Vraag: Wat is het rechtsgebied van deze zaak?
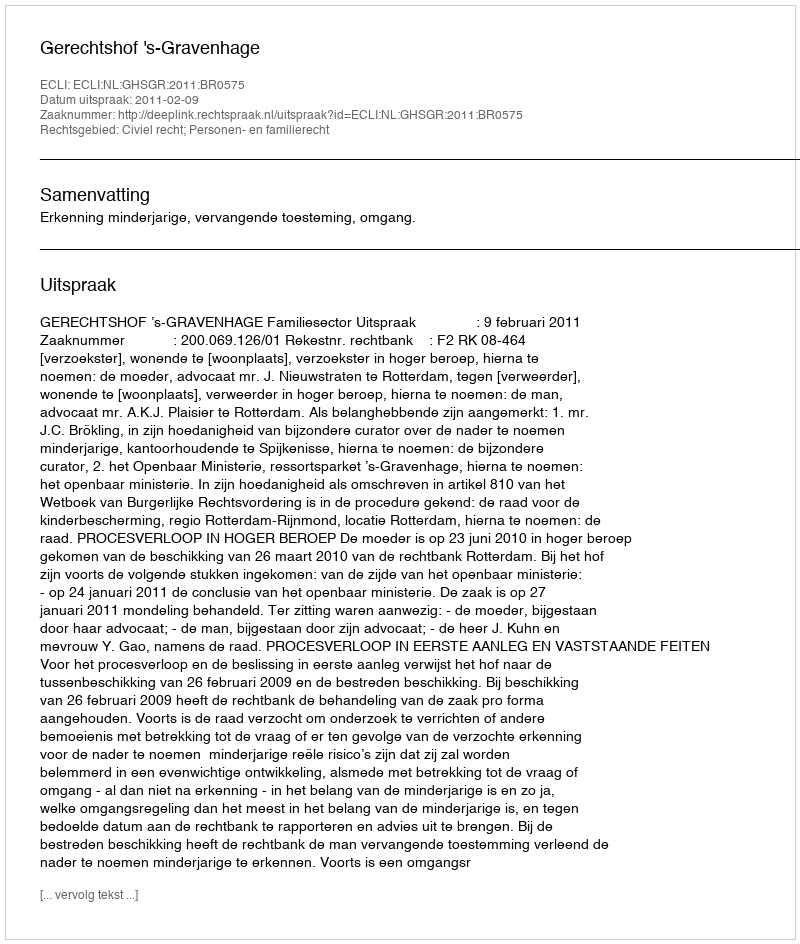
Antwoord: Civiel recht; Personen- en familierecht